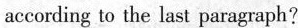
according to the last paragraph?